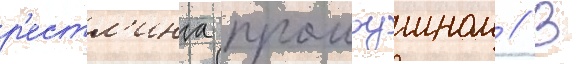
р'естл'инга промоушном // В